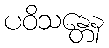
ပဝိသန္တေန